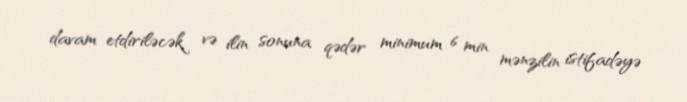
davam etdiriləcək və ilin sonuna qədər minimum 6 min mənzilin istifadəyə